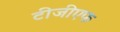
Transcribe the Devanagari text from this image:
टीजीएफ